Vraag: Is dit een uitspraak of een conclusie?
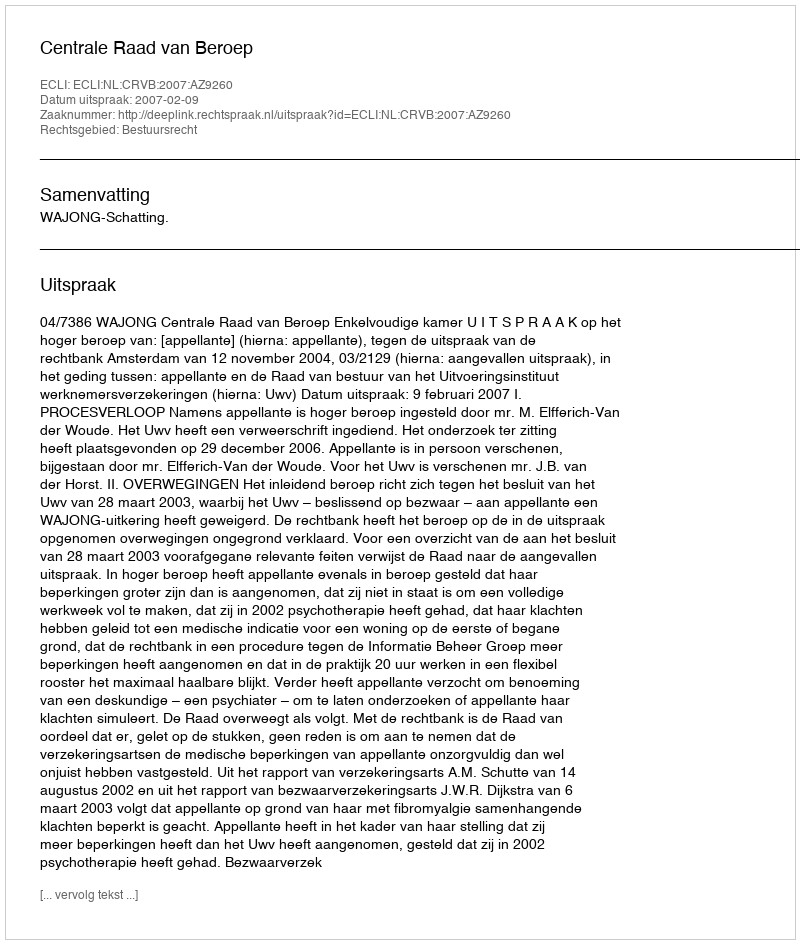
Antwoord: Uitspraak